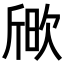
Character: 𣣒